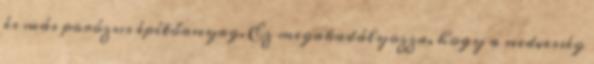
és más porózus építőanyag. Ez megakadályozza, hogy a nedvesség